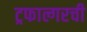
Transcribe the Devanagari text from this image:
ट्रफाल्गरची